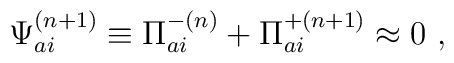
{\Psi}_{ai}^{(n+1)} \equiv {\Pi}_{ai}^{-(n)} + {\Pi}_{ai}^{+(n+1)} \approx 0 \ ,